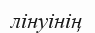
лінуінің